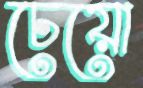
চেয়ো